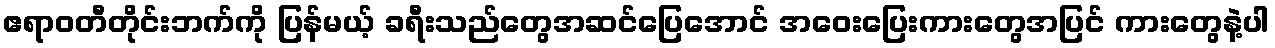
ဧရာဝတီတိုင်းဘက်ကို ပြန်မယ့် ခရီးသည်တွေအဆင်ပြေအောင် အဝေးပြေးကားတွေအပြင် ကားတွေနဲ့ပါ